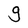
Character: g